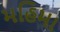
મહિમા